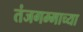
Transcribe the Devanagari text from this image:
तंजगम्माच्या